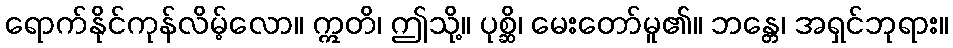
ရောက်နိုင်ကုန်လိမ့်လော။ ဣတိ၊ ဤသို့။ ပုစ္ဆိ၊ မေးတော်မူ၏။ ဘန္တေ၊ အရှင်ဘုရား။